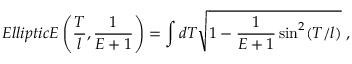
E l l i p t i c E \left( \frac { T } { l } , \frac { 1 } { E + 1 } \right) = \int d T \sqrt { 1 - \frac { 1 } { E + 1 } \sin ^ { 2 } ( T / l ) } \; ,